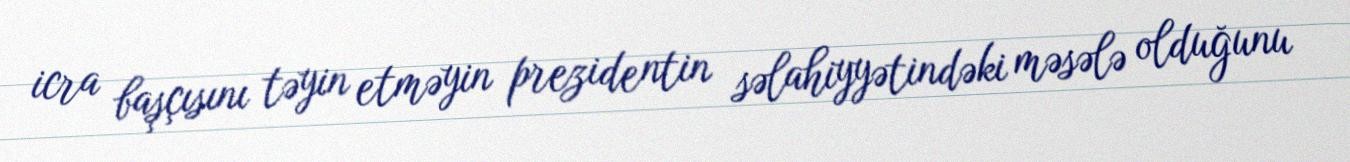
icra başçısını təyin etməyin prezidentin səlahiyyətindəki məsələ olduğunu